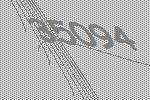
35094